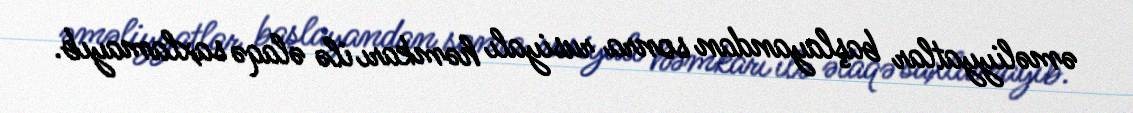
əməliyyatlar başlayandan sonra rusiyalı həmkarı ilə əlaqə saxlamayıb.